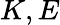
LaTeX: K,E